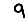
Digit: 9